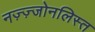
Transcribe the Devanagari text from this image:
नज़्ज़्जोनलिस्त